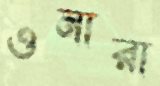
ওনারা